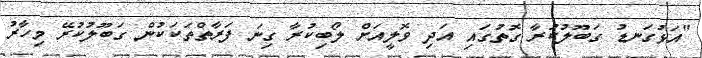
"އަޅުގަނޑު ގަބޫލުކުރާ ގޮތުގައި އަދި ވޮލީއަށް ލޯބިކުރާ ގިނަ ފަރާތްތަކަކުން ގަބޫލުކުރޭ މިހާރު